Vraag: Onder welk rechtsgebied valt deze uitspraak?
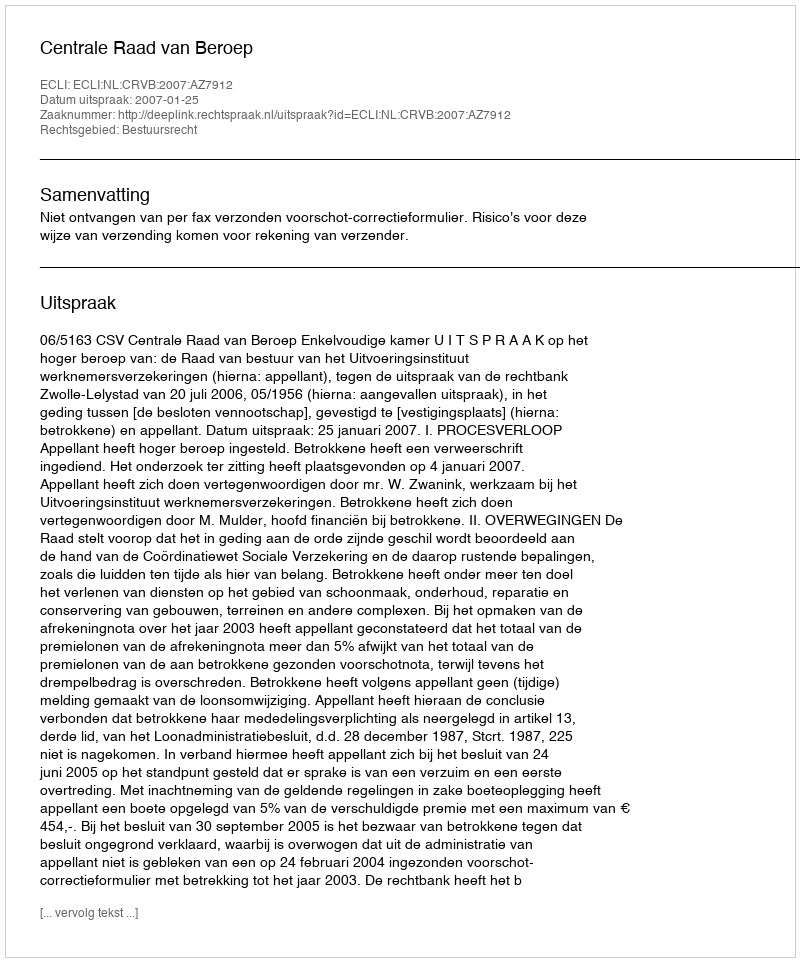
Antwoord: Bestuursrecht